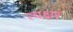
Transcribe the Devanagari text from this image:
त्यक्षर